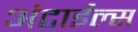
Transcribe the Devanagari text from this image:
अंटाईल्स